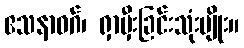
ဧသနာဝဂ်၊ ရှာမှီးခြင်းသုံးမျိုး။